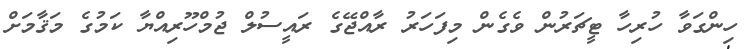
ހިންގަވާ ހުރިހާ ޓީޗަރުން ވެގެން މިފަހަރު ރާއްޖޭގެ ރައީސުލް ޖުމްހޫރިއްޔާ ކަމުގެ މަޤާމަށް